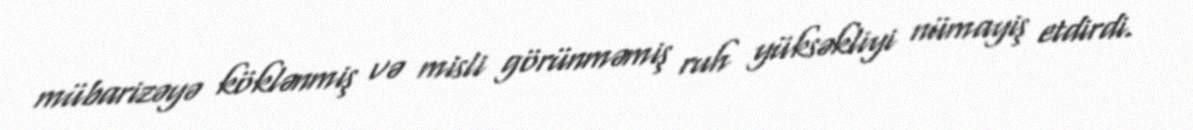
mübarizəyə köklənmiş və misli görünməmiş ruh yüksəkliyi nümayiş etdirdi.